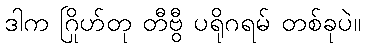
ဒါက ဂြိုဟ်တု တီဗွီ ပရိုဂရမ် တစ်ခုပဲ။